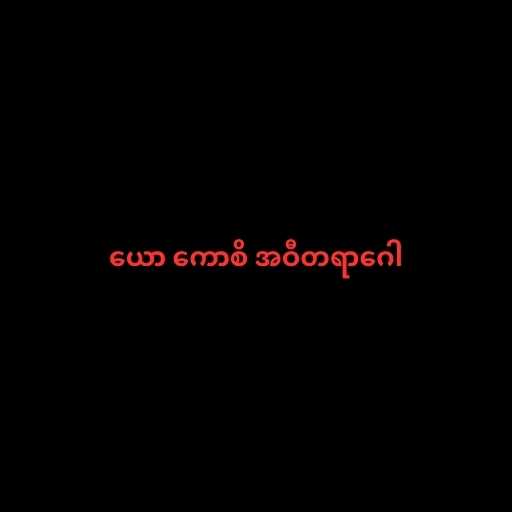
ယော ကောစိ အဝီတရာဂေါ